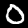
Digit: 0